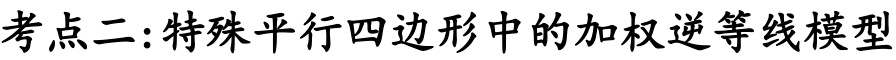
考点二:特殊平行四边形中的加权逆等线模型